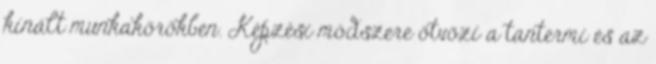
kínált munkakörökben. Képzési módszere ötvözi a tantermi és az